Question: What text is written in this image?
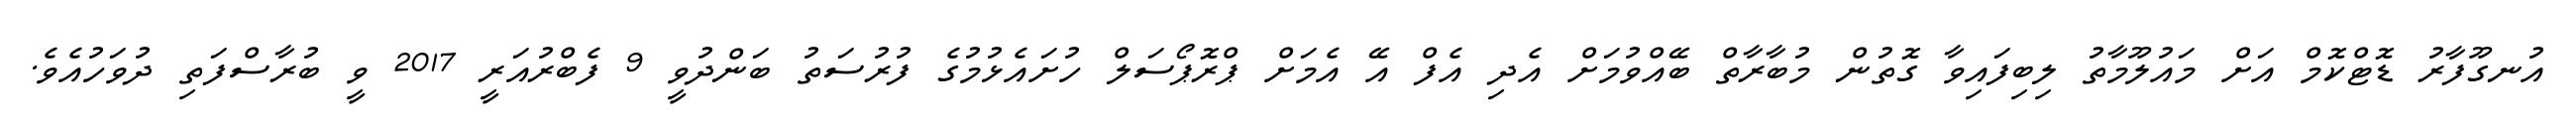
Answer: އުނގޫފާރު ޑޮޓްކޮމް އަށް މައުލޫމާތު ލިބިފައިވާ ގޮތުން މުބާރާތް ބޭއްވުމަށް އެދި އެފް އޭ އެމަށް ޕްރޮޕޯސަލް ހުށައެޅުމުގެ ފުރުސަތު ބަންދުވީ 9 ފެބްރުއަރީ 2017 ވީ ބުރާސްފަތި ދުވަހުއެވެ.